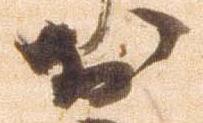
於